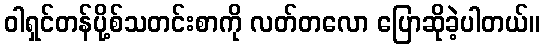
ဝါရှင်တန်ပို့စ်သတင်းစာကို လတ်တလော ပြောဆိုခဲ့ပါတယ်။